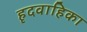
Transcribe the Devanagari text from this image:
हृदवाहिका